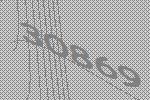
30869